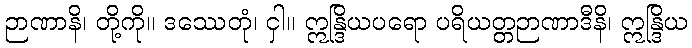
ဉာဏာနိ၊ တို့ကို။ ဒဿေတုံ၊ ငှါ။ ဣန္ဒြိယပရော ပရိယတ္တဉာဏာဒီနိ၊ ဣန္ဒြိယ